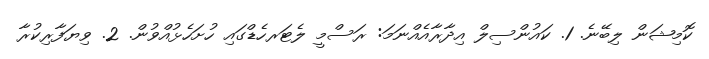
ކޮމިޝަން ލިބޭނެ. 1. ކައުންސިލް އިދާރާއެއްނަމަ: ރަސްމީ ލެޓަރހެޑްގައި ހުށަހެޅުއްވުން. 2. ވިޔަފާރިކުރާ